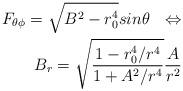
LaTeX: \begin{align*}F_{\theta \phi}= \sqrt{B^2-r_0^4}sin \theta \ \ \Leftrightarrow \\ B_r=\sqrt{\frac{1-r_0^4/r^4}{1+A^2/r^4}}\frac{A}{r^2}\end{align*}